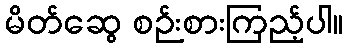
မိတ်ဆွေ စဉ်းစားကြည့်ပါ။